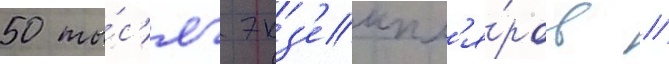
50 ты́с'яч экз'емпл'я́ров //